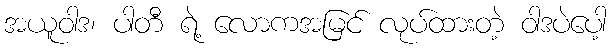
အယူဝါဒ၊ ပါတီ ရဲ့ လောကအမြင် လုပ်ထားတဲ့ ဝါဒပဲပေါ့